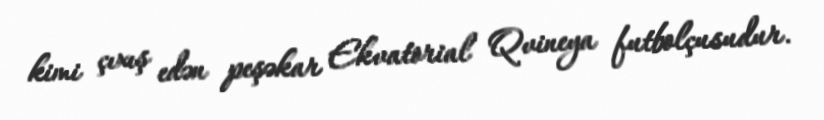
kimi çıxış edən peşəkar Ekvatorial Qvineya futbolçusudur.